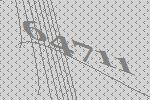
64711